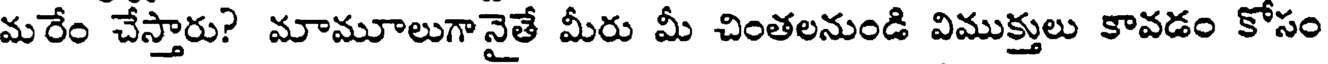
మరేం చేస్తారు? మామూలుగానైతే మీరు మీ చింతలనుండి విముక్తులు కావడం కోసం